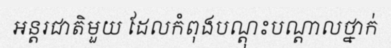
អន្តរជាតិមួយ ដែលកំពុងបណ្តុះបណ្តាលថ្នាក់